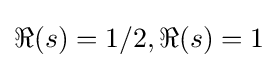
\Re (s)=1/2,\Re (s)=1